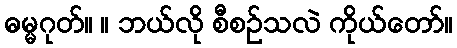
ဓမ္မဂုတ်။ ။ ဘယ်လို စီစဉ်သလဲ ကိုယ်တော်။